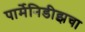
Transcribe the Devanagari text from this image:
पार्मेनिडीझचा